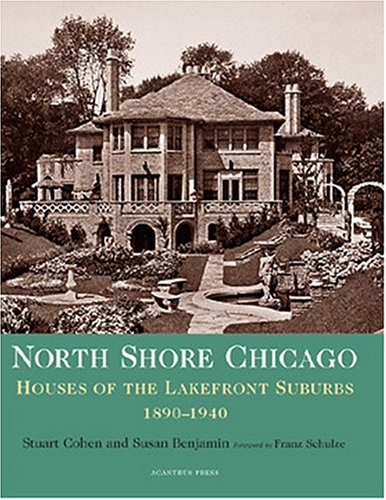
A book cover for North Shore Chicago: Houses of the Lakefront Suburbs, 1890-1940 (Suburban Domestic Architecture Series); Stuart Earl Cohen; Arts & Photography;